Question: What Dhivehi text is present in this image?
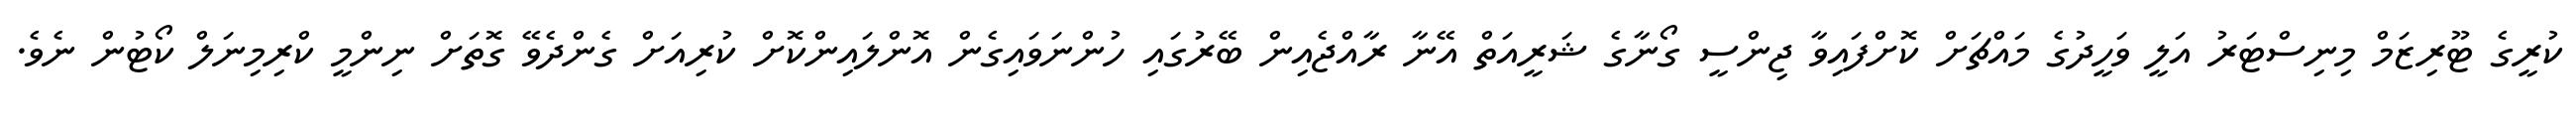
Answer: ކުރީގެ ޓޫރިޒަމް މިނިސްޓަރު އަލީ ވަހީދުގެ މައްޗަށް ކޮށްފައިވާ ޖިންސީ ގޯނާގެ ޝަރީއަތް އޭނާ ރާއްޖެއިން ބޭރުގައި ހުންނަވައިގެން އޮންލައިންކޮށް ކުރިއަށް ގެންދެވޭ ގޮތަށް ނިންމީ ކްރިމިނަލް ކޯޓުން ނެވެ.